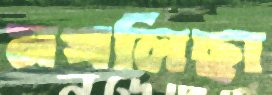
মখলিছা